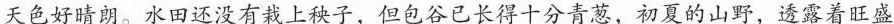
天色好晴朗。水田还没有栽上秧子，但包谷已长得十分青葱，初夏的山野，透露着旺盛